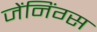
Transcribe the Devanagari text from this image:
जेंनिंग्स